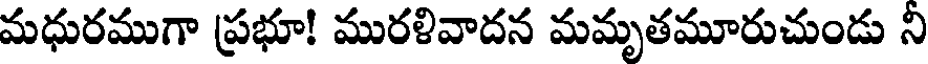
మధురముగా ప్రభూ! మురళివాదన మమృతమూరుచుండు ని